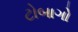
ટોબાગો